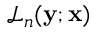
\mathcal { L } _ { n } ( \mathbf { y } ; \mathbf { x } )